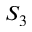
S _ { 3 }